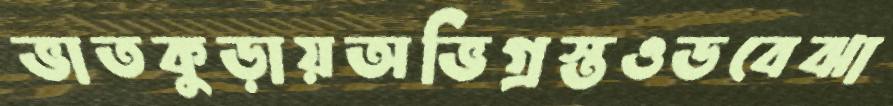
ভাতকুড়ায়অভিগ্রস্তওডবেঝা